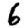
Digit: 6